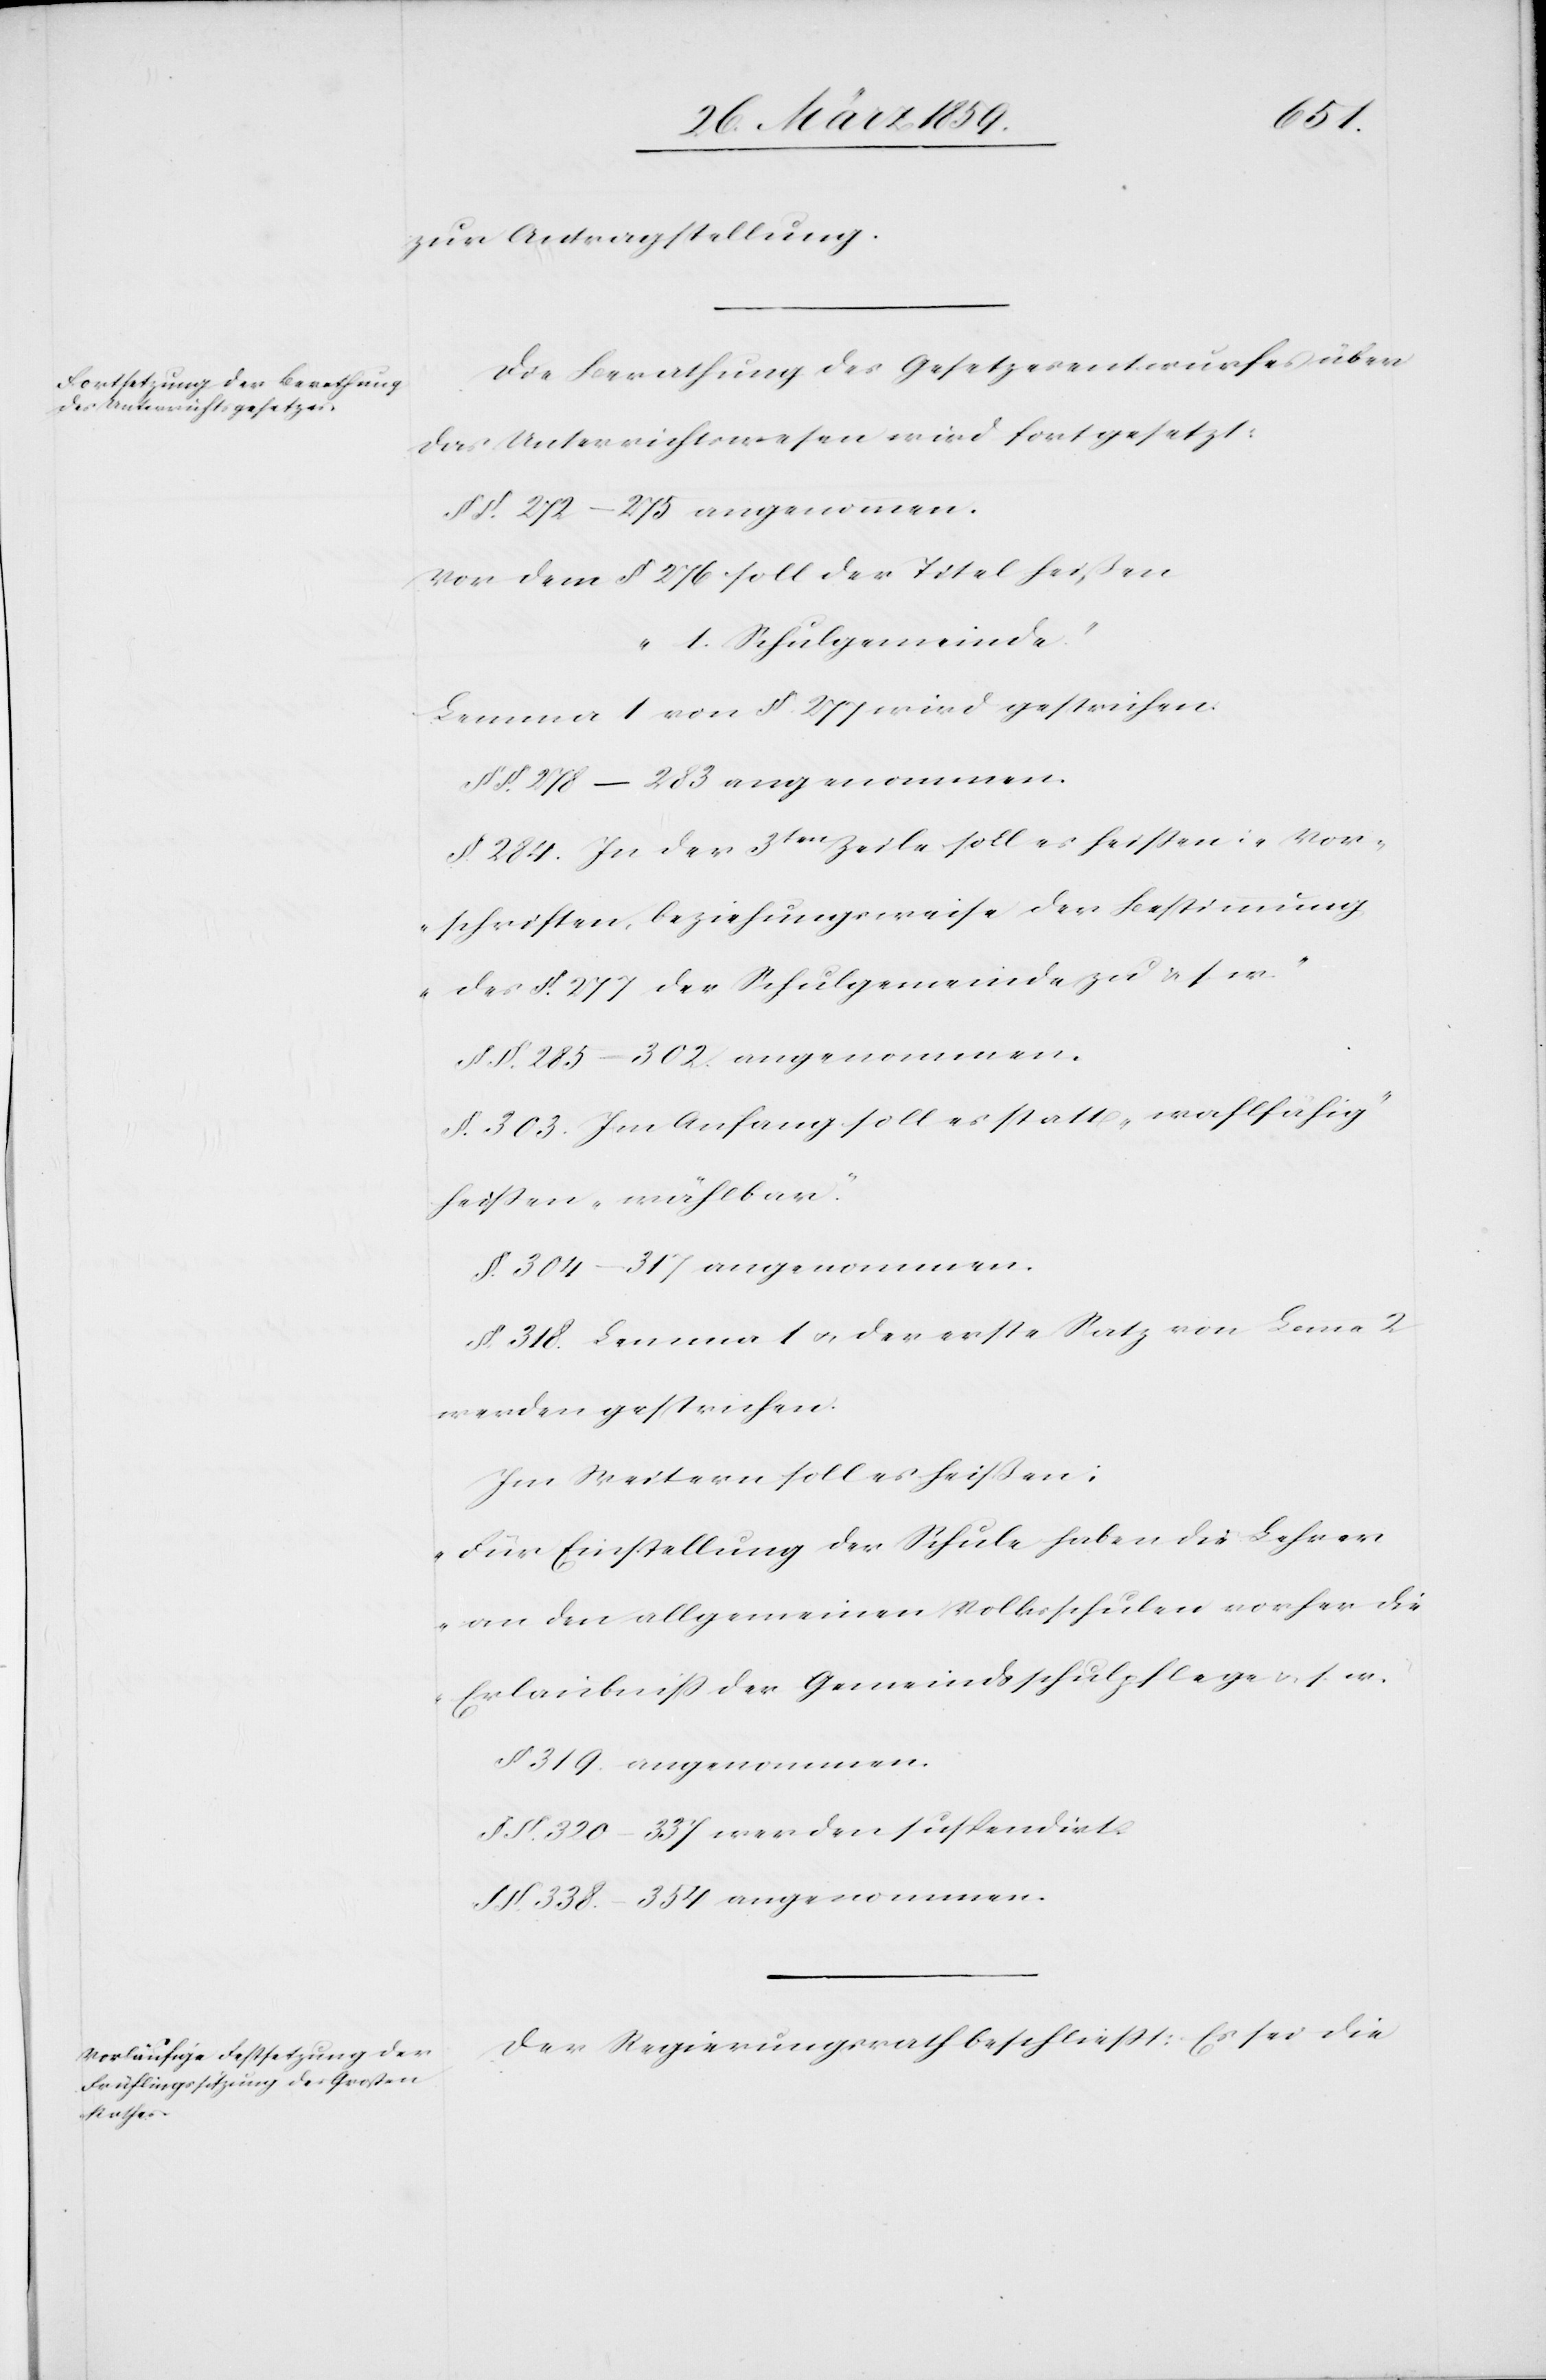
zur Antragstellung.
Die Berathung des Gesetzesentwurfes über
das Unterrichtswesen wird fortgesetzt:
§§. 278–283 angenommen.
Von dem § 276 soll der Titel heißen
„1. Schulgemeinde“
Lemma 1 von §. 277 wird gestrichen.
§ 284. In der 3ten Zeile soll es heißen: „Vor¬
schriften, beziehungsweise der Bestimmung
des §. 277 der Schulgemeinde zu u. s. w.“
§. §. 285–302 angenommen.
§. 303. Im Anfang soll es statt „wahlfähig“
heißen „wählbar“.
§. 304–317 angenommen.
§. 318. Lemma 1 u. der erste Satz von Lemma 2
werden gestrichen.
Im Weitern soll es heißen:
„Für Einstellung der Schule haben die Lehrer
an den allgemeinen Volksschulen vorher die
Erlaubniß der Gemeindsschulpflege u. s. w.“
§ 319 angenommen.
§§. 320–337 werden suspendirt.
§§. 338.–354 angenommen.
Der Regierungsrath beschließt: Es sei die